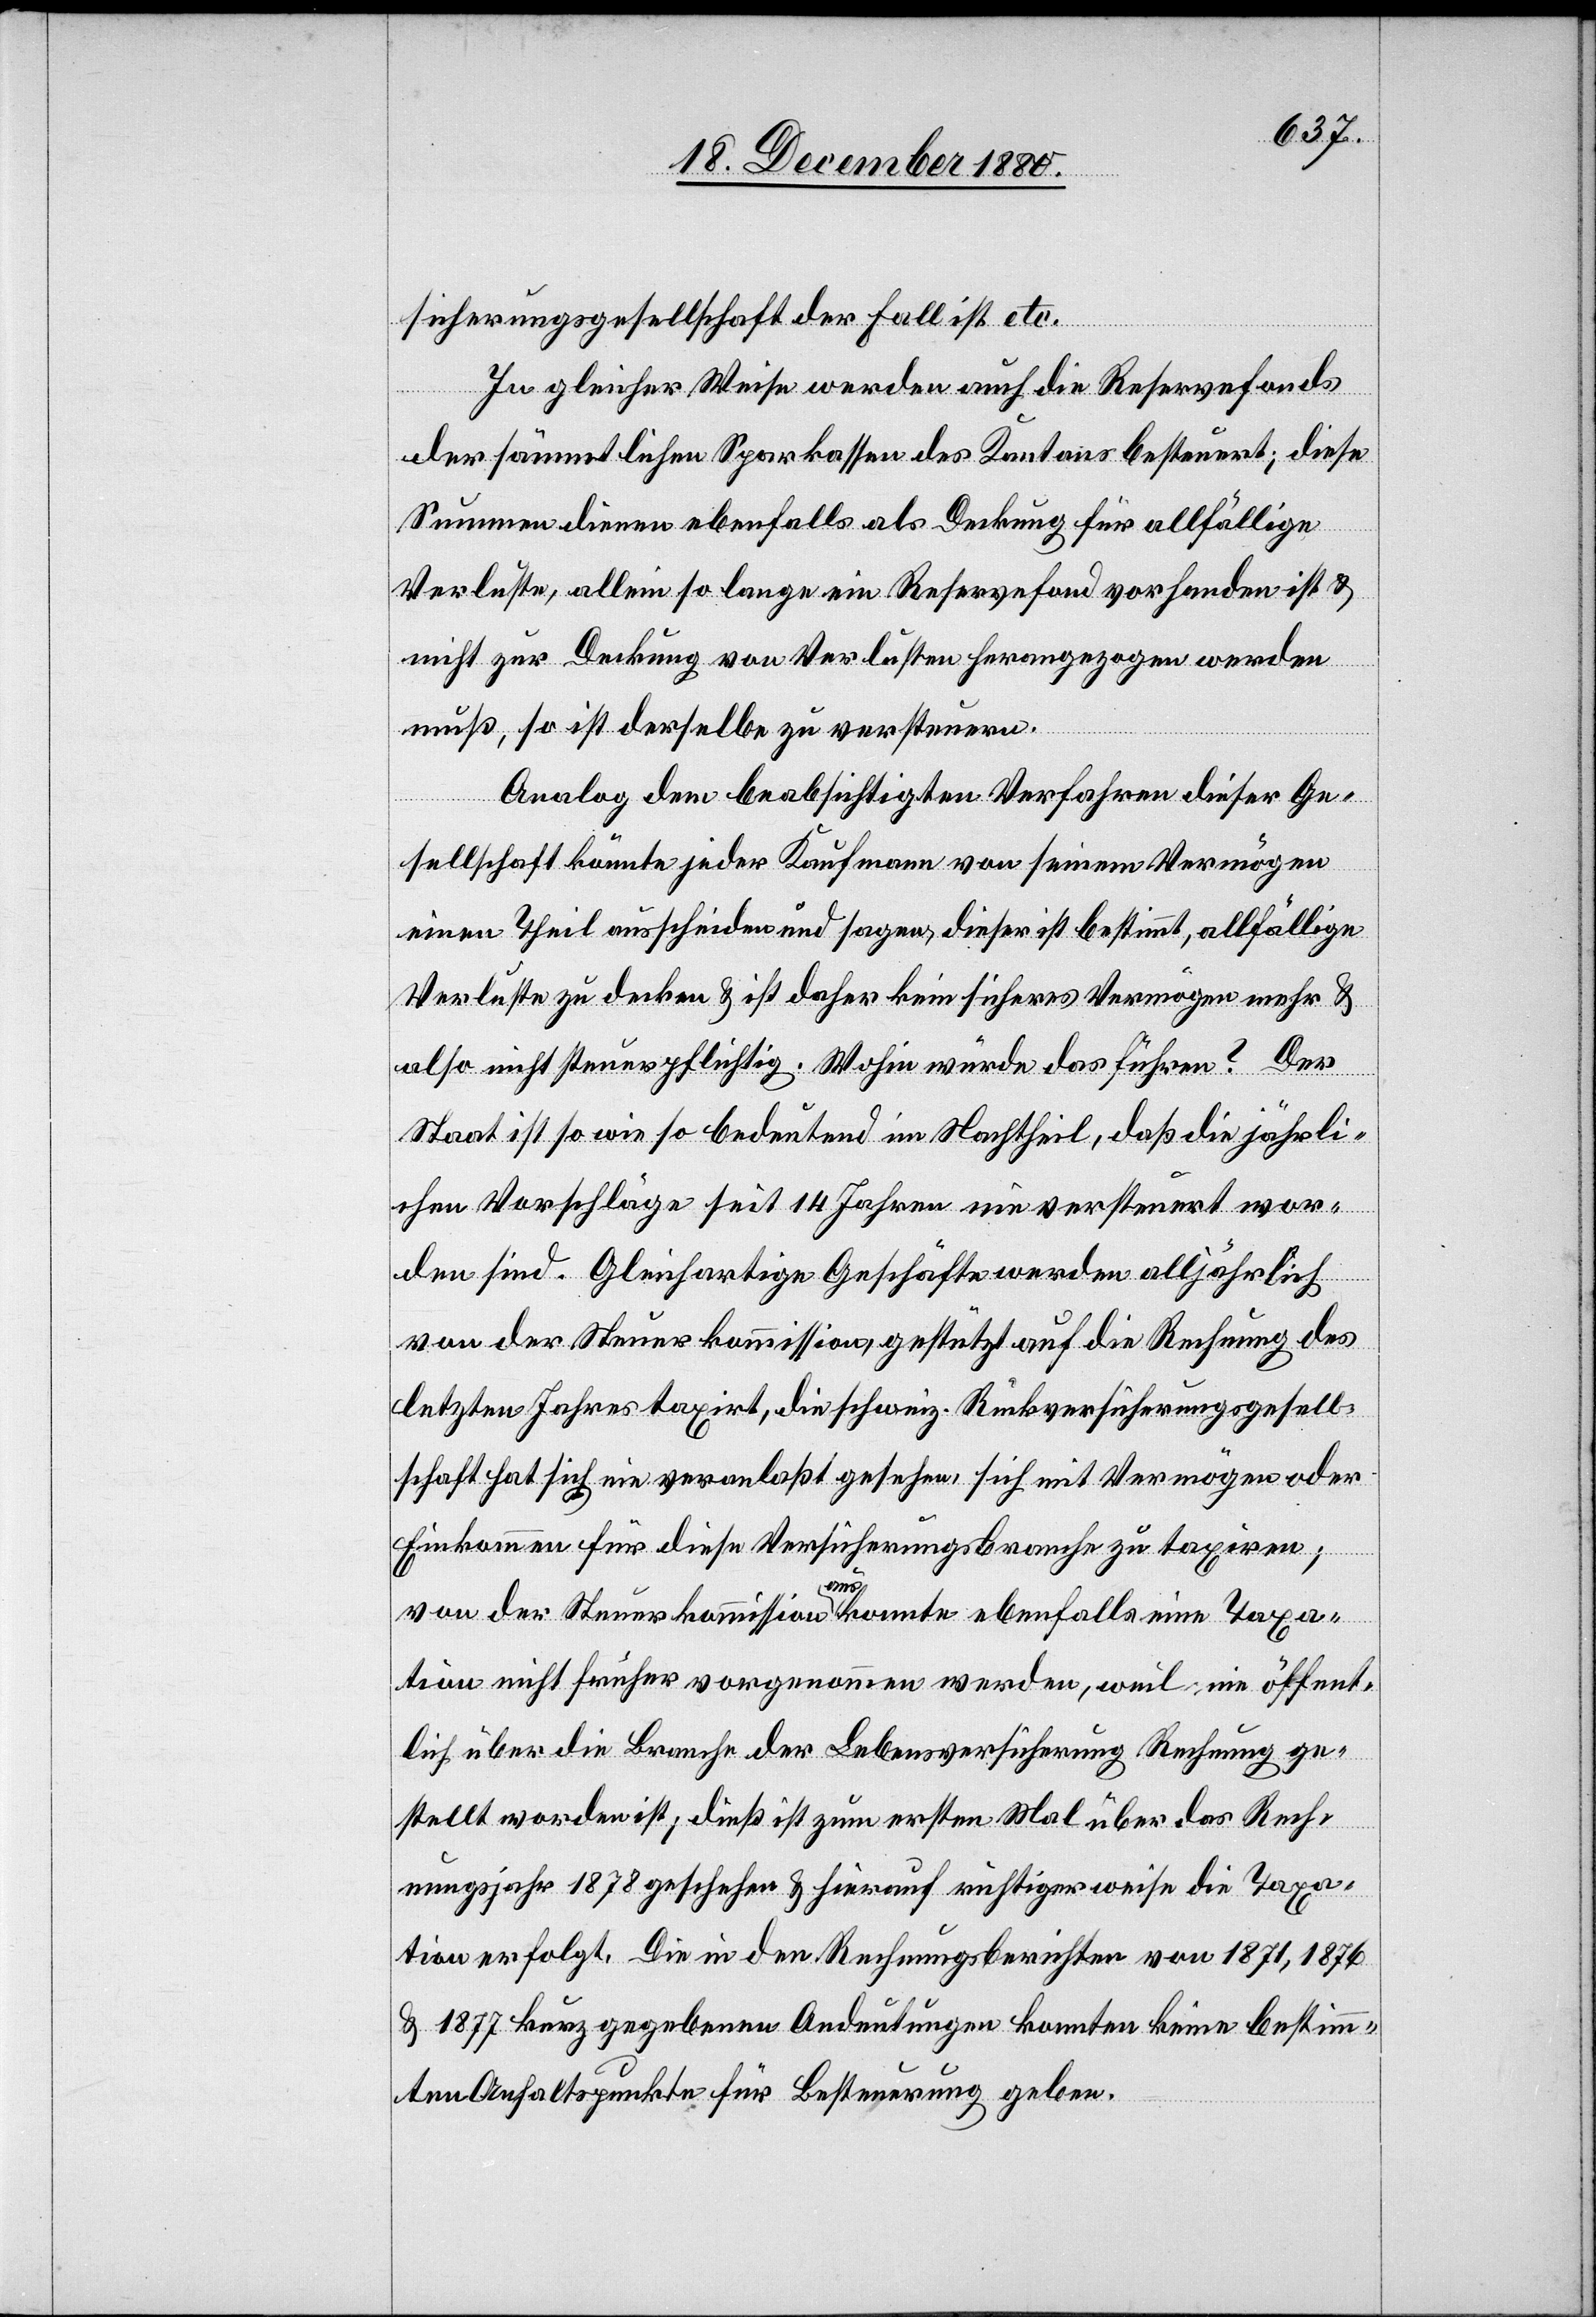
sicherungsgesellschaft der Fall ist etc.
In gleicher Weise werden auch die Reservefonds
der sämmtlichen Sparkassen des Kantons besteuert; diese
Summen dienen ebenfalls als Deckung für allfällige
Verluste, allein so lange ein Reservefond vorhanden ist &
nicht zur Deckung von Verlusten herangezogen werden
muß, so ist derselbe zu versteuern.
Analog dem beabsichtigten Verfahren dieser Ge¬
sellschaft könnte jeder Kaufmann von seinem Vermögen
einen Theil ausscheiden und sagen, dieser ist bestimmt, allfällige
Verluste zu decken & ist daher kein sicheres Vermögen mehr &
also nicht steuerpflichtig. Wohin würde das führen? Der
Staat ist so wie so bedeutend im Nachtheil, daß die jährli¬
chen Vorschläge seit 14 Jahren nie versteuert wor¬
den sind. Gleichartige Geschäfte werden alljährlich
von der Steuerkommission gestützt auf die Rechnung des
letzten Jahres taxirt, die schweiz. Rückversicherungsgesell¬
schaft hat sich nie veranlaßt gesehen, sich mit Vermögen oder
Einkommen für diese Versicherungsbranche zu taxiren;
von der Steuerkommission aus konnte ebenfalls eine Taxa¬
tion nicht früher vorgenommen werden, weil nie öffent¬
lich über die Branche der Lebensversicherung Rechnung ge¬
stellt worden ist; dieß ist zum ersten Mal über das Rech¬
nungsjahr 1878 geschehen & hierauf richtigerweise die Taxa¬
tion erfolgt. Die in den Rechnungsberichten von 1871, 1876
& 1877 kurz gegebenen Andeutungen konnten keine bestimm¬
ten Anhaltspunkte für Besteuerung geben.